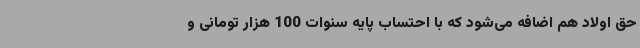
حق اولاد هم اضافه می‌شود که با احتساب پایه سنوات 100 هزار تومانی و